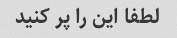
لطفا این را پر کنید